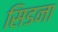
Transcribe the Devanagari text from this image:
सिडना